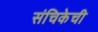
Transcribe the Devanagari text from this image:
संचिकेची